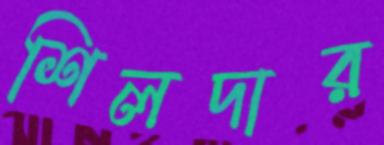
শিলদার